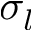
\sigma _ { l }